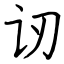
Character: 讱